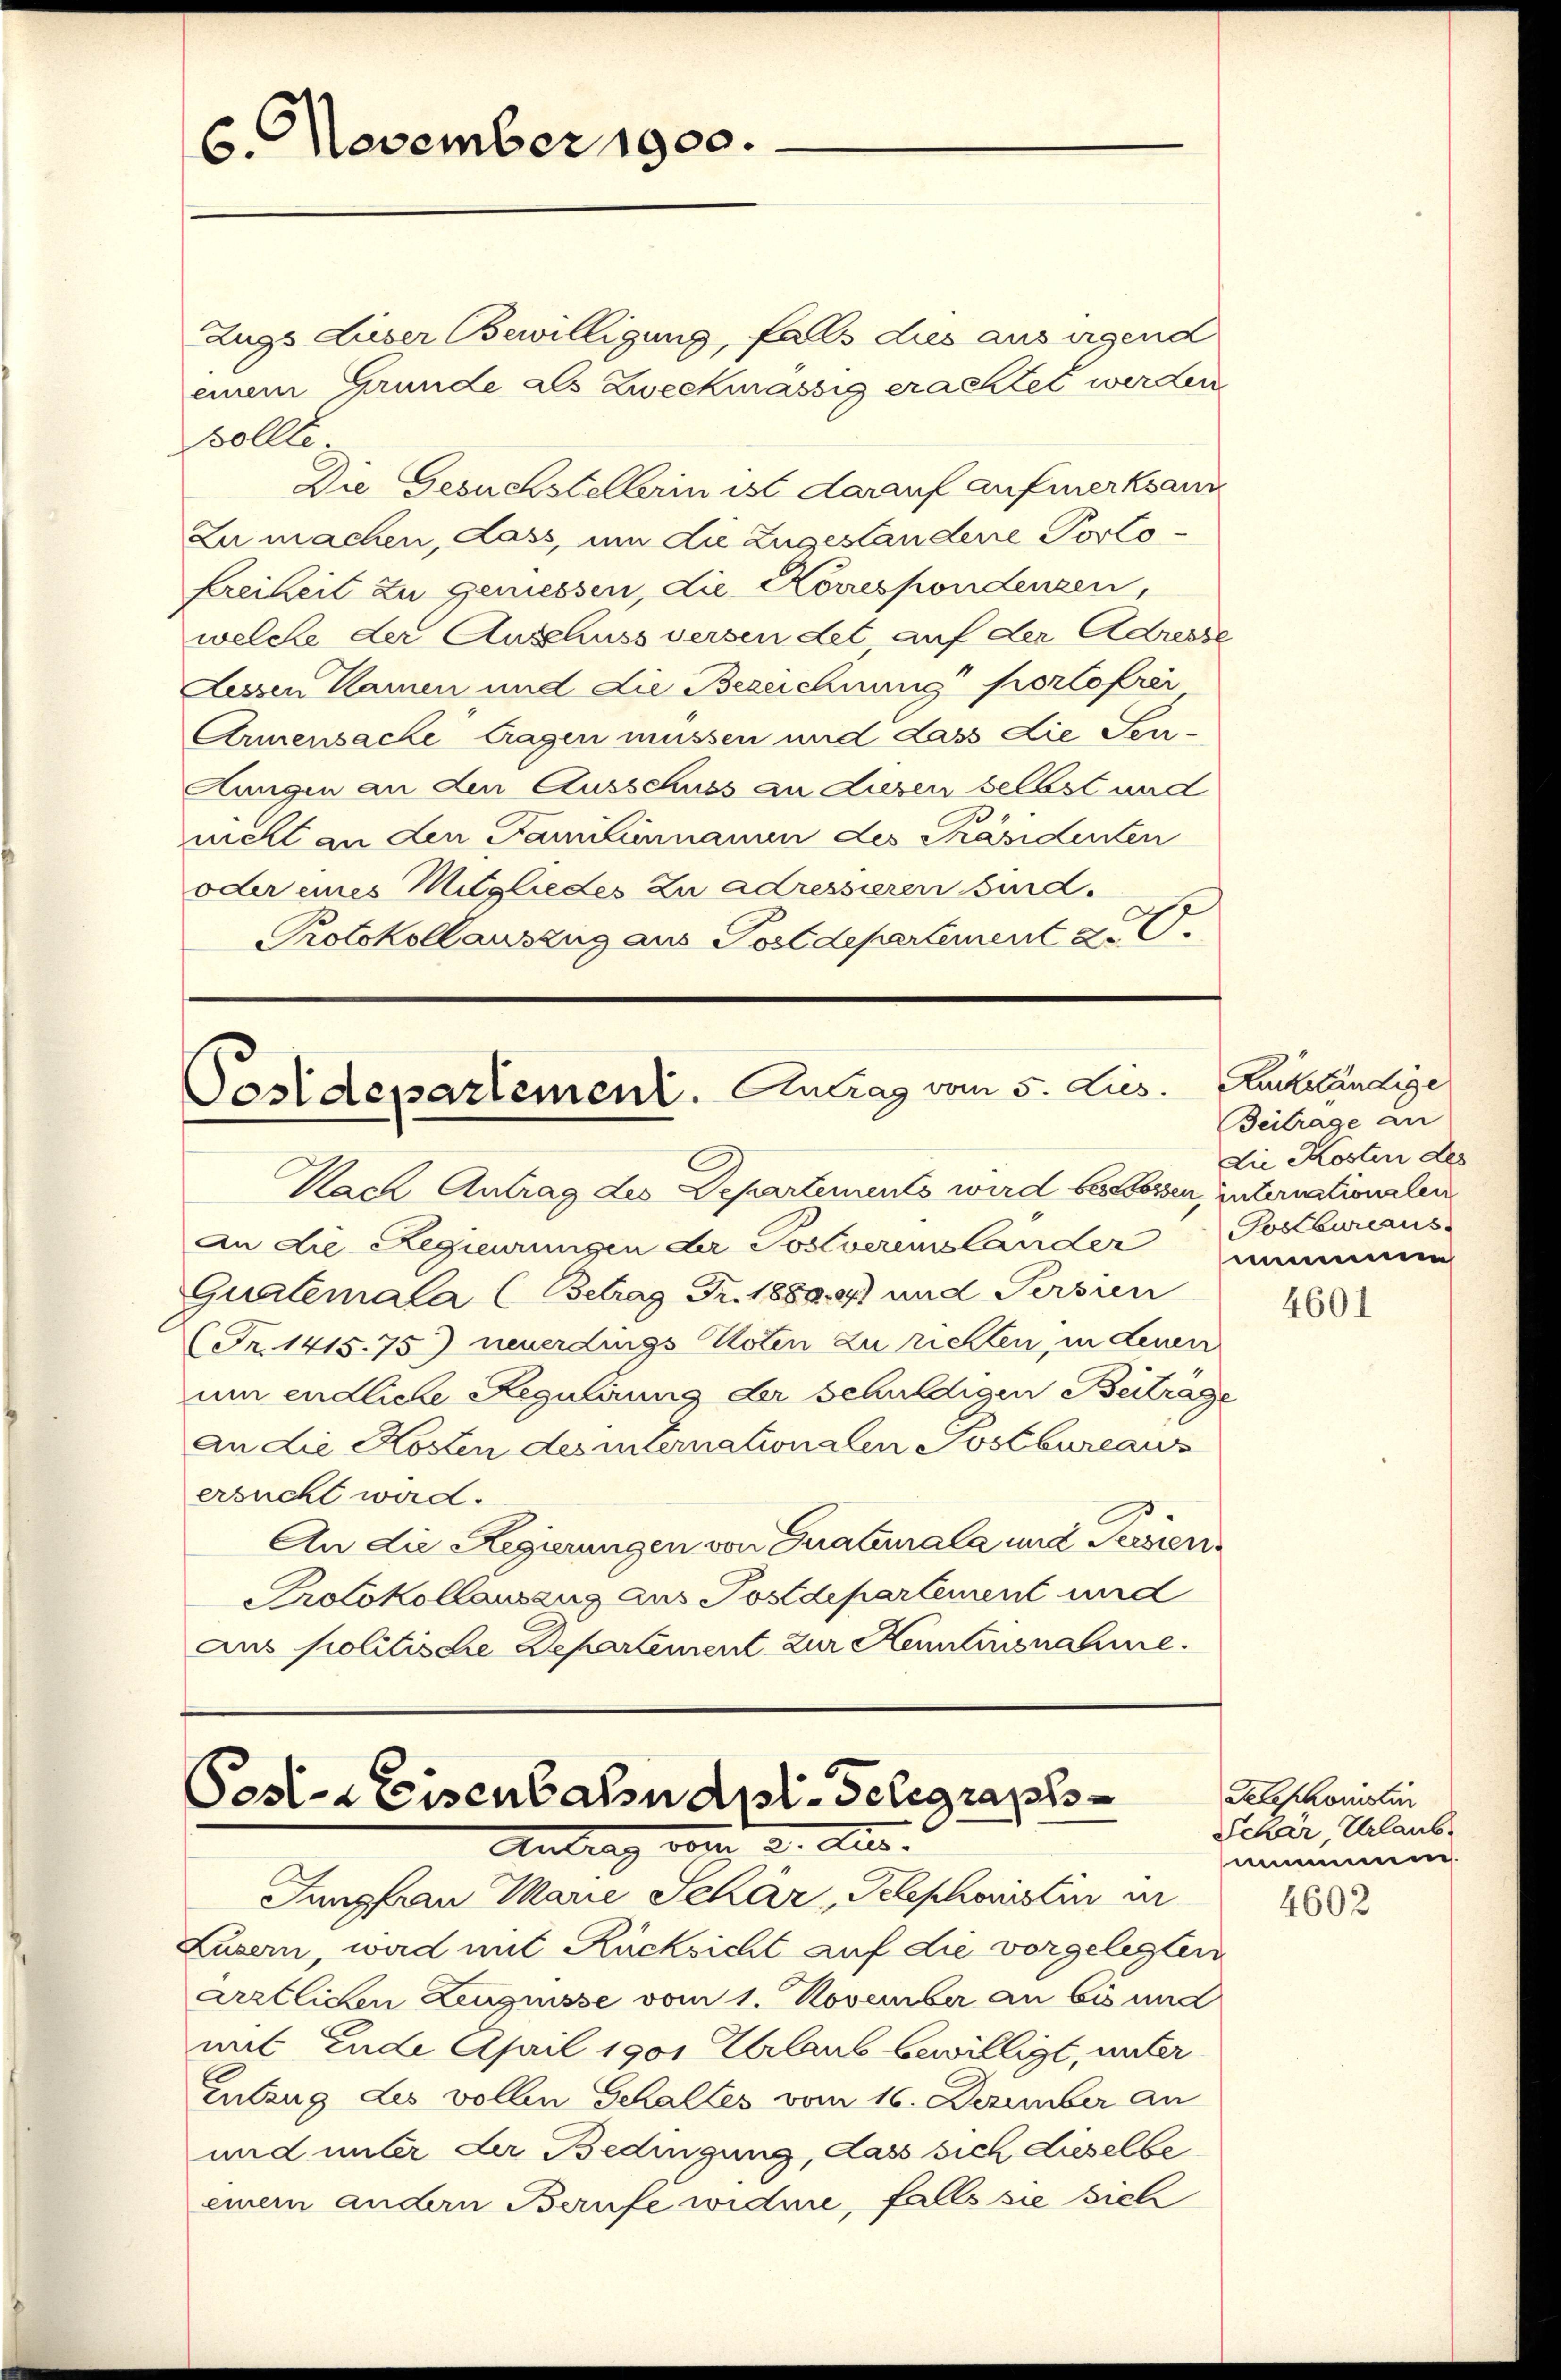
6. November 1900.

Zugs Liber Bewilligung, fals dies aus irgend
einem Grunde als Zweckmässig erachtet werden
Bollie
Die Gesuchstellerin ist darauf aufmerksann
Zu machen, dass, um die Zugestandene Porto
Freiheit zu geniessen, die Korrespondenzen,
welche der Ausschuss versendet auf der Adresse
Lessen Namen und die Bezeichnung portofrei
Armensache tragen müssen und dass die See-
Lungen an den Ausschuss an diesen selbst und
nicht an den Familienauen des Präsidenten
oder eines Mitgliedes zu adressieren sind.
Protokollauszug aus Postdepertement 20.

Postdepartement. Antrag vom 5. Lies

Nach Antrag des Departements wird bestossen, unternationalen
An die Regierungen der Postvereislander                    Postbureaus
Quaterala (Betrag Fr. 1880,4) und Persien
Fr. 1415. 75) neuerdings Noten zu richten, in Leuen
um endliche Regulirung der schuldigen Beiträge
an die Kosten des internationalen Postbureaus
ersucht ward.
An die Regierungen von Graturala und Seesien
Protokollauszug aus Postdepartement und
aus politische Departement zur Kemnisnahme.

Pest-Eisenbahn die Gelegraph
Antrage

Jungfrau Marie Schär Telephonstin in
Luzern wird mit Rücksicht auf die vorgelegten
ärztlichen Zeugnisse vom 1. November an bis und
mit Ende April 1901 Urlaub bewilligt, unter
Entzug des vollen Gehaltes vom 16. Dezember an
und unter der Bedingung, das sich dieselbe
einem andern Berufe widme, falls sie sich

Rückständige
Beitrage an
Die Kosten des
numme

4601

Telephonister
Schär, Urlaub
mmmen.

4602